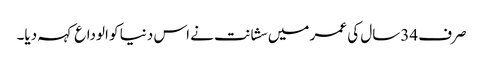
صرف 34سال کی عمر میں سشانت نے اس دنیا کو الوداع کہہ دیا۔